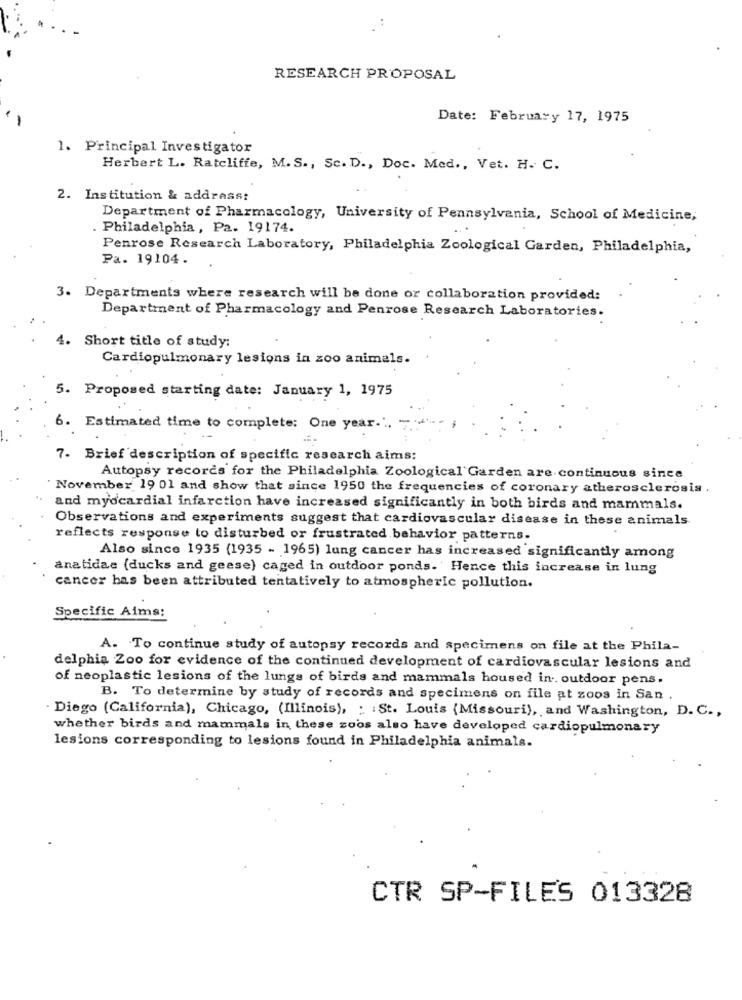
RESEARCH PROPOSAL
Date: February 17, 1975
1. Principal Investigator
Herbert L. Ratcliffe, M. S ., Sc. D ., Doc. Med ., Vet. H. C.
2. Institution & address:
Department of Pharmacology, University of Pennsylvania, School of Medicine,
. Philadelphia, Pa. 19174.
Penrose Research Laboratory, Philadelphia Zoological Garden, Philadelphia,
Pa. 19104.
3. Departments where research will be done or collaboration provided:
Department of Pharmacology and Penrose Research Laboratories.
4. Short title of study:
Cardiopulmonary lesions in zoo animals.
5. Proposed starting date: January 1, 1975
6. Estimated time to complete: One year ... "
7- Brief description of specific research aims:
Autopsy records for the Philadelphia Zoological Garden are continuous since
November 19 01 and show that since 1950 the frequencies of coronary atherosclerosis.
and myocardial infarction have increased significantly in both birds and mammals.
Observations and experiments suggest that cardiovascular disease in these animals
reflects response to disturbed or frustrated behavior patterns.
Also since 1935 (1935 - 1965) lung cancer has increased significantly among
anatidas (ducks and geese) caged in outdoor ponds. Hence this increase in lung
cancer has been attributed tentatively to atmospheric pollution.
Specific Aims:
A. To continue study of autopsy records and specimens on file at the Phila-
delphia Zoo for evidence of the continued development of cardiovascular lesions and
of neoplastic lesions of the lungs of birds and mammals housed in .. outdoor pens.
B. To determine by study of records and specimens on file at zoos in San .
Diego (California), Chicago, (Illinois), : St. Louis (Missouri), and Washington, D. C .,
whether birds and mammals in these zoos also have developed cardiopulmonary
lesions corresponding to lesions found in Philadelphia animals.
CTR SP-FILES 013328